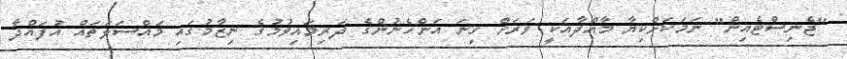
"ޖެނިސްޓެއިން" ނަމަކަށްކިޔާ މާއްދާއަކީ ވަރަށް ގިނަ އަންހެނުންގެ ދަރިމައިވުމުގެ ނިޒާމުގައި މައްސަލަތައް އުފައްދާ